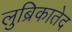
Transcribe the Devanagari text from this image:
लुब्रिकातेद